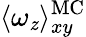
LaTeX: \langle\omega_{\mathit{z}}\rangle_{xy}^{\mathrm{{MC}}}